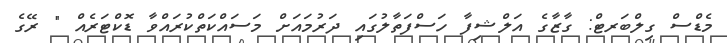
މެޑްސް ގިލްބަރޓް: ގާޒާގެ އަލްޝިފާ ހަސްފަތާލުގައި ދަރުމައަށް މަސައްކަތްކުރައްވާ ޑޮކްޓަރެއް " ރޭގެ